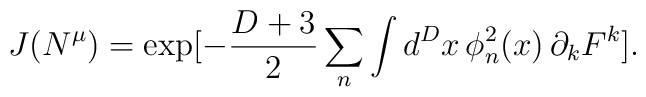
J(N^{\mu}) = \exp[-\frac{D+3}{2} \sum_n \int d^Dx \, \phi^2_n(x) \, \partial_k F^k].